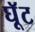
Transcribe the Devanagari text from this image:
घूॅट